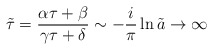
\begin{align*}\tilde{\tau}=\frac{\alpha \tau + \beta}{\gamma \tau + \delta} \sim -\frac{i}{\pi} \ln \tilde{a} \rightarrow \infty\end{align*}